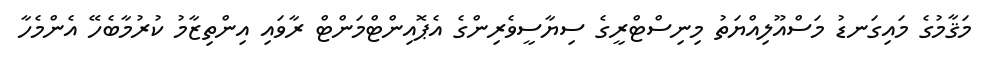
މަޤާމުގެ މައިގަނޑު މަސްއޫލިއްޔަތު މިނިސްޓްރީގެ ސިޔާސީވެރިންގެ އެޕޮއިންޓްމަންޓް ރާވައި އިންތިޒާމު ކުރުމާބެހޭ އެންމެހާ